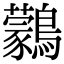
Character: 鸏